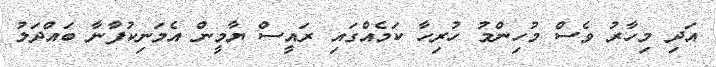
އަދި މިހާރު ވެސް މުހިންމު ހުރިހާ ކަމެއްގައި ރައީސް ޔާމީން އެމަނިކުފާނާ ބައްދަލު